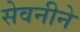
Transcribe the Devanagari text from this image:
सेवनीने